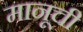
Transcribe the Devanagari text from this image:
मानूची